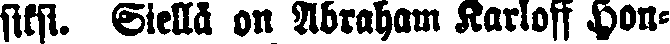
siksi. Siellä on Abraham Karloff Hon-